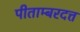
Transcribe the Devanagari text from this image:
पीताम्बरदत्त